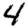
Digit: 4